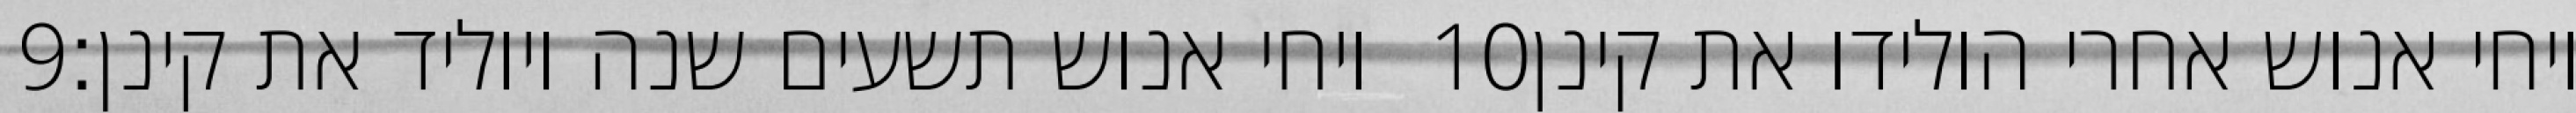
‎9‏ ויחי אנוש תשעים שנה ויוליד את קינן׃ ‎10‏ ויחי אנוש אחרי הולידו את קינן